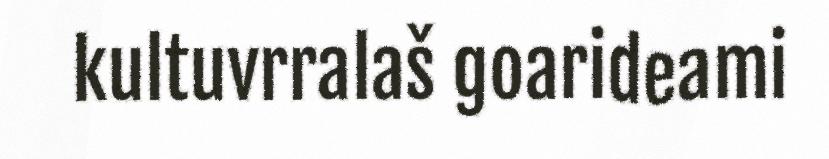
kultuvrralaš goarideami